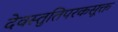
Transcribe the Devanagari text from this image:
देवस्तुतिपरकसूक्त